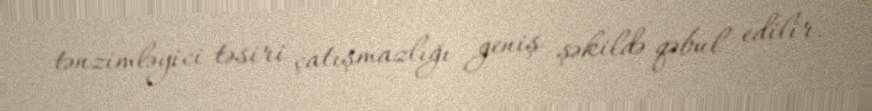
tənzimləyici təsiri çatışmazlığı geniş şəkildə qəbul edilir.